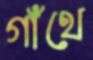
গাঁথে